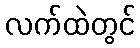
လက်ထဲတွင်